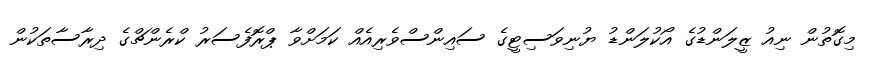
މިގޮތުން ނިއު ޒީލަންޑުގެ އޯކުލަންޑު ޔުނިވަސިޓީގެ ސައިންސްވެރިއެއް ކަމަށްވާ ޕްރޮފެސަރު ކްރެންޗްގެ ދިރާސާތަކުން